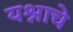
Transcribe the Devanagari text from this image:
यश्नाचे